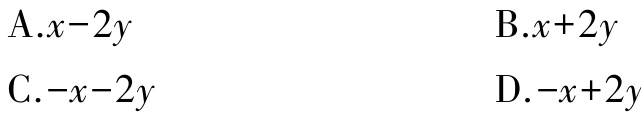
A.$x - 2y$
B.$x + 2y$
C.$-x - 2y$
D.$-x + 2y$